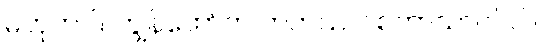
မဟုတ်ပါ။ ကျွန်တော်က ကတ်သလစ်ဘာသာဝင်ပါ။